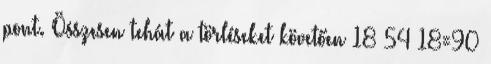
pont. Összesen tehát a törléseket követően 18 54 18=90